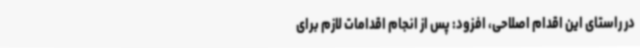
در راستای این اقدام اصلاحی، افزود: پس از انجام اقدامات لازم برای